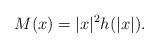
LaTeX: \begin{align*}M(x)=|x|^{2}h(|x|).\end{align*}